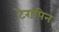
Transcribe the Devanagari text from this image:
टेरापिन